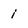
Character: i